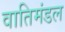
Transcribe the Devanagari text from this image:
वातिमंडल